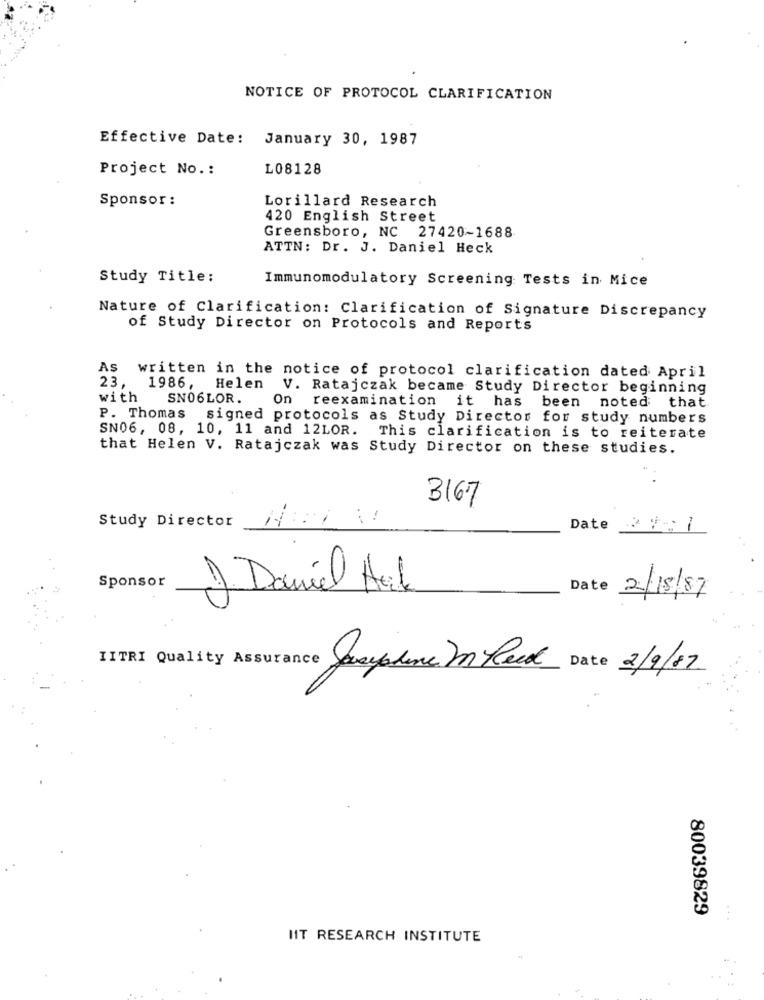
NOTICE OF PROTOCOL CLARIFICATION
Effective Date: January 30, 1987
Project No. :
L08128
Sponsor :
Lorillard Research
420 English Street
Greensboro, NC 27420-1688
ATTN: Dr. J. Daniel Heck
Study Title:
Immunomodulatory Screening Tests in Mice
Nature of Clarification: Clarification of Signature Discrepancy
of Study Director on Protocols and Reports
As written in the notice of protocol clarification dated April
23.
1986,
Helen
V. Ratajczak became Study Director beginning
with
SN06LOR.
On reexamination it has been noted that
P. Thomas signed protocols as Study Director for study numbers
SN06, 08, 10, 11 and 12LOR.
This clarification is to reiterate
that Helen V. Ratajczak was Study Director on these studies.
3167
--
Study Director
..
Date V- 7
Sponsor
). Daniel Hil
Date
2/18/87
IITRI Quality Assurance Josephine I Read Date 2/9/87
80039829
IIT RESEARCH INSTITUTE